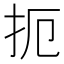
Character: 扼